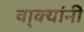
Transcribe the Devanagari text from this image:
वा्क्यांनी